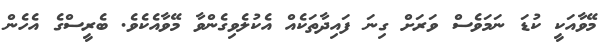
މޭވާއަކީ ކުޑަ ނަމަވެސް ވަރަށް ގިނަ ފައިދާތަކެއް އެކުލެވިގެންވާ މޭވާއެކެވެ. ބެރީސްގެ އެހެން